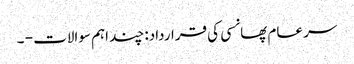
سر عام پھانسی کی قرارداد: چند اہم سوالات - ۔